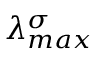
\lambda _ { m a x } ^ { \sigma }